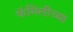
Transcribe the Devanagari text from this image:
फॅमिलीच्या